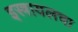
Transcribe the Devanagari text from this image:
इस्त्रायलचा